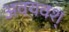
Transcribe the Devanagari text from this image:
अवयवश्